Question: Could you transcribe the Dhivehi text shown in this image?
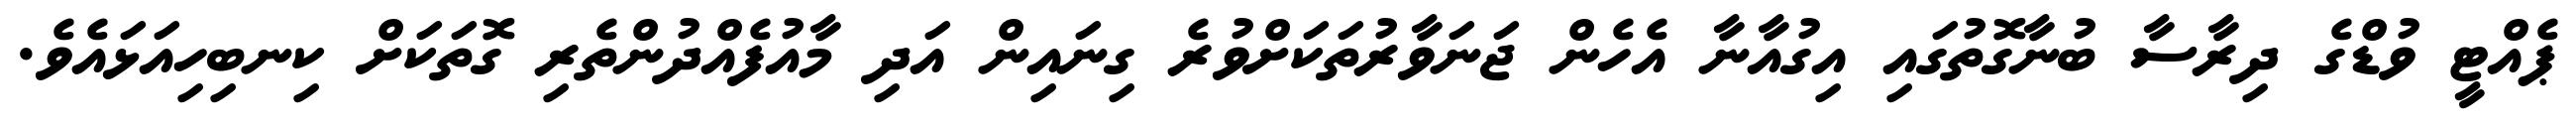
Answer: ޕެއްޓީ ވުޑްގެ ދިރާސާ ބުނާގޮތުގައި އިގުއާނާ އެހެން ޖަނަވާރުތަކަށްވުރެ ގިނައިން އަދި މާއުފެއްދުންތެރި ގޮތަކަށް ކިނބިހިއަޅައެވެ.